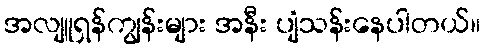
အလျူရှန်ကျွန်းများ အနီး ပျံသန်းနေပါတယ်။